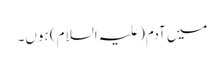
میں آدم(علیہ السلام) ہوں۔